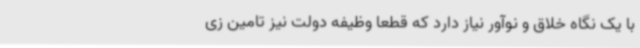
با یک نگاه خلاق و نوآور نیاز دارد که قطعا وظیفه دولت نیز تامین زی